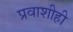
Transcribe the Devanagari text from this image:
प्रवाशीही